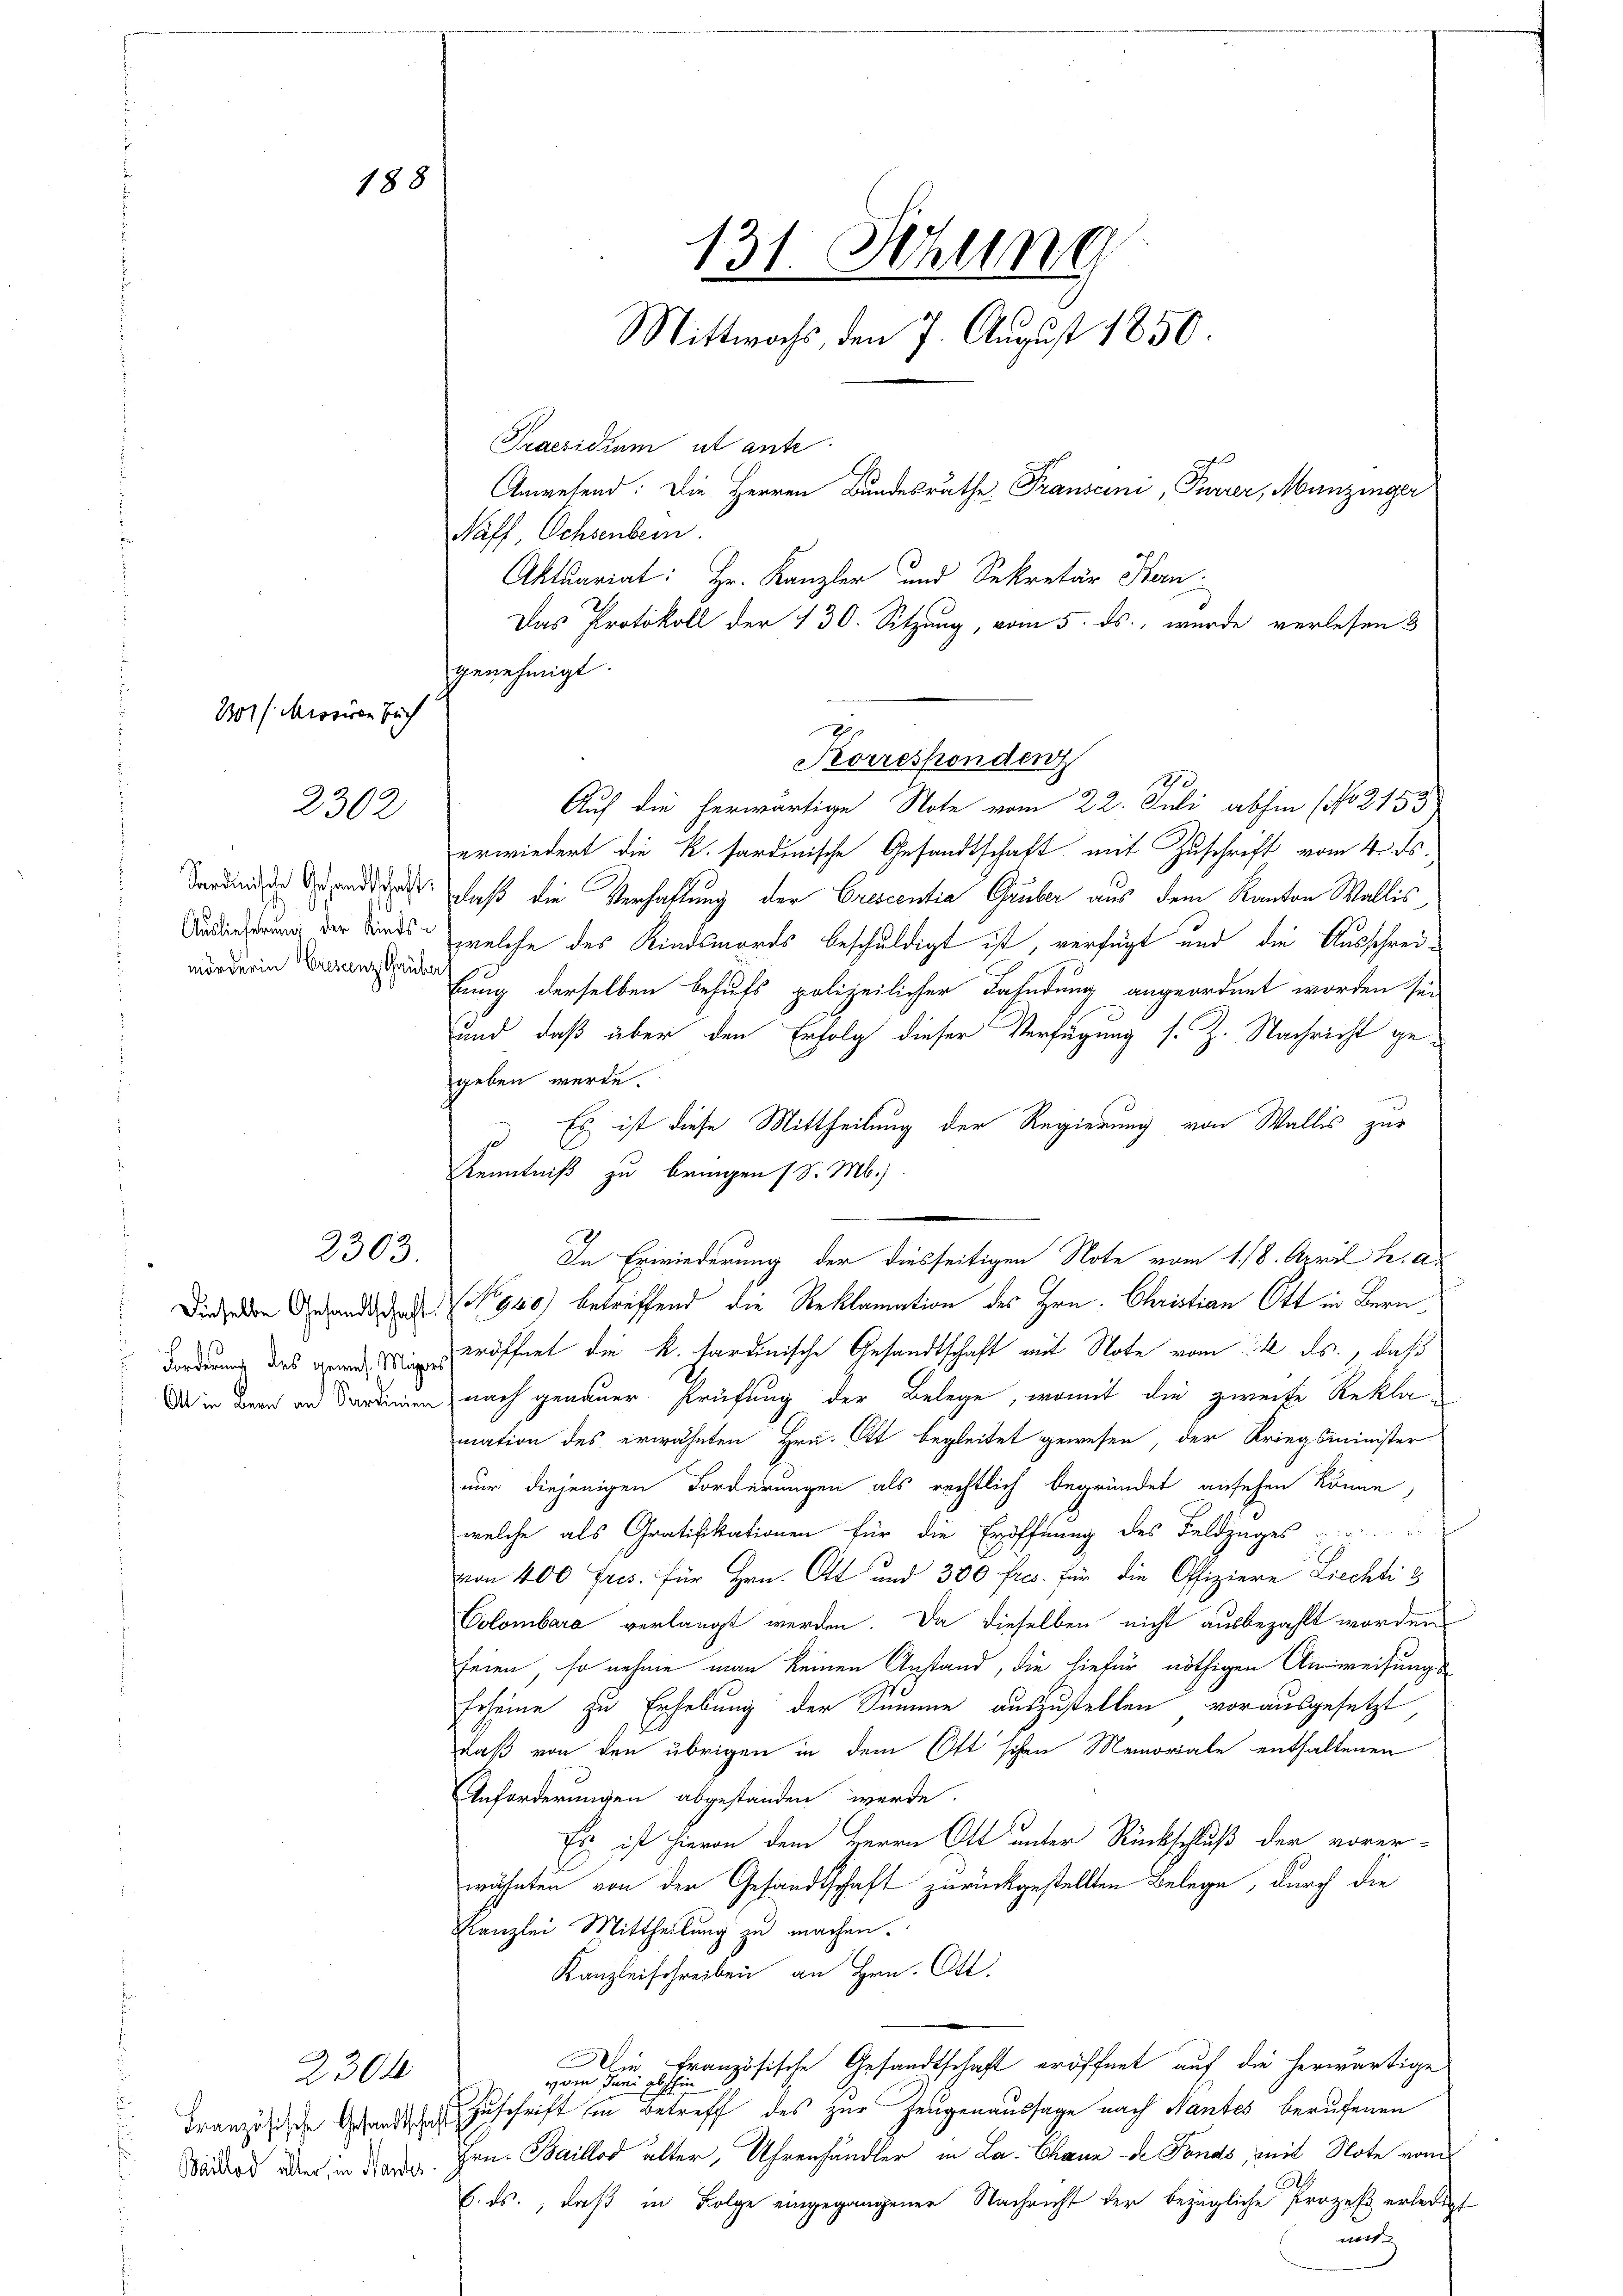
101/ Missiven Buch

188

2302

mörderin Crescenz Grüber

2303.

2304

Naff, Ochsenbein.
Aktuariat: Hr. Kanzler und Sekretär Bern
Das Protokoll der 130. Sitzung, vom 5. ds., wurde verlesen 3
genehmigt.
Auf die herwärtige Note vom 22. Juli abhin (No 2153
erwiedert die k. sardinische Gesandtschaft mit Zuschrift vom 4. ds.
Sardinie andert, daß die Verhaltung der Crescentia Gruber aus dem Kanton Wallis
 der Kinds welche des Kindsmords beschuldigt ist, verfügt und die Ausschreibung derselben behufs polizeilicher Fahndung angeordnet worden sei
und daß über den Erfolg dieser Verfügung s. Z. Nachricht gegeben werde.
n
Es ist diese Mittheilung der Regierung von Wallis zur
j
Kenntniß zu bringen (S. M.)
.
Die jeden Gesandt und 940 betreffend die Reklamation des Hrn. Christian Ott in Bern¬
Forderung des Grad eröffnet die K. tardinische Gesandtschaft mit Note vom 1. k. ds., daß
Da in Brand an den nach genauer Prüfung der Belege, womit die zweite Reklamation des erwähnten Hrn. Ott begleitet gewesen, der Kriegsminister
nur diejenigen Forderungen als rechtlich begründet ansehen könne,
welche als Gratifikationen für die Eröffnung des Feldzuges
Ch
von 400 Fris. für Hrn. Ott und 300 frs. für die Offiziere Ziechti 3
Colombara verlangt werden. Da dieselben nicht ausbezahlt worden
seien, so nehme man keinen Anstand, die hiefür nöthigen Ausweisungs¬
Echeine zu Erhebung der Summe auszustellen vorausgesetzt
daß von den übrigen in dem Ottschen Memoriale enthaltenen
Anforderungen abgestanden werde.
Es ist hievon dem Herrn Ott unter Rückschluß der vorer-
A
wähnten von der Gesandtschaft zurückgestellten Belege, durch die
Kanzlei Mittheilung zu machen.
Kanzleischreiben an Hrn. Ott.
Die Französische Gesandtschaft eröffnet auf die herwärtige
vom Juni gle
u
Französische Gestand Zuschrift in Betreff des zur Zeugenaussage nach Nantes berufenen
Hrn. Baillod älter, Uhrenhändler in La Chann de Fonds, mit Note vom
E. ds., daß in Folge eingegangener Nachricht der bezügliche Prozeß erledigt
nicht

Baillod aller, in Handes

131. Setzung
Mittwochs, den 7. August 1850.
Praesidium ut antr
Anwesend: Die Herren Bundesrathe Transcini, Furrer, Munzinger

2
Korresponden
1

In Erwiederung der diesseitigen Note vom 1. 18. April h. a.